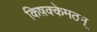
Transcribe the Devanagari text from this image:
किष़क्केमठम्